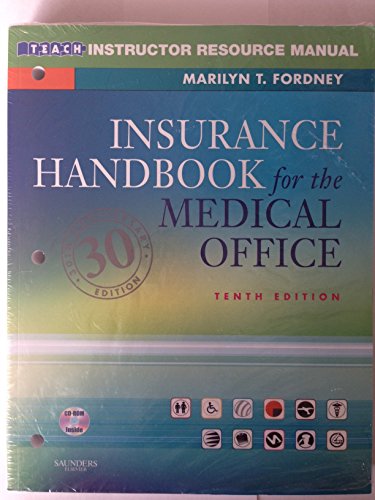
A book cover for Insurance Handbook for the Medical Office (Instructor Resouce Manual); Marilyn T. Fordney; Business & Money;